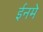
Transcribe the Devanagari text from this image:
ईनमे